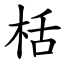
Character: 栝